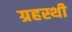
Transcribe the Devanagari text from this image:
ग्रहस्थी